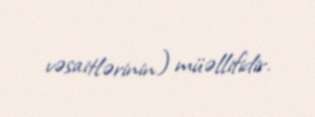
vəsaitlərinin) müəllifidir.